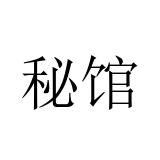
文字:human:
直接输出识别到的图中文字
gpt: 秘馆